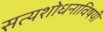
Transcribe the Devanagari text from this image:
सत्यशोधनाविषयी